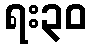
ရး၃၀